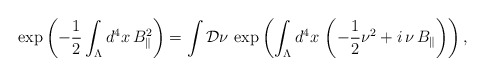
\begin{align*}\exp\left( -\frac{1}{2}\int_\Lambda d^4 x\, B_\Vert^2\right)=\int {\cal D}\nu\,\exp\left( \int_\Lambda d^4 x\, \left(-\frac{1}{2}\nu^2+i\,\nu\,B_\Vert\right)\right),\end{align*}